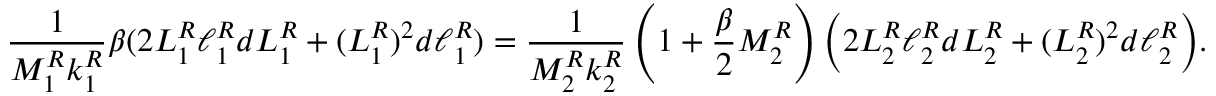
\frac { 1 } { M _ { 1 } ^ { R } k _ { 1 } ^ { R } } \beta ( 2 L _ { 1 } ^ { R } \ell _ { 1 } ^ { R } d L _ { 1 } ^ { R } + ( L _ { 1 } ^ { R } ) ^ { 2 } d \ell _ { 1 } ^ { R } ) = \frac { 1 } { M _ { 2 } ^ { R } k _ { 2 } ^ { R } } \left( 1 + \frac \beta 2 M _ { 2 } ^ { R } \right) \Big ( 2 L _ { 2 } ^ { R } \ell _ { 2 } ^ { R } d L _ { 2 } ^ { R } + ( L _ { 2 } ^ { R } ) ^ { 2 } d \ell _ { 2 } ^ { R } \Big ) .